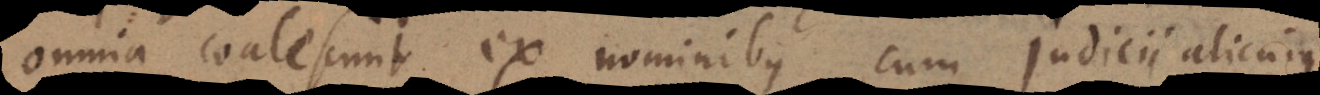
omnia coalescunt ex nominibus cum judicii alicujus